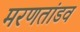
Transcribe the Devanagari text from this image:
मरणतांडव